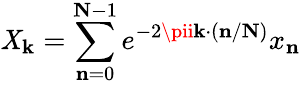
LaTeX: \mathit{X}_{\mathbf{{k}}}=\sum_{\mathbf{{n}}=0}^{\mathbf{{N}}-1}e^{-2\pii\mathbf{{k}}\cdot(\mathbf{{n}}/\mathbf{{N}})}x_{\mathbf{{n}}}